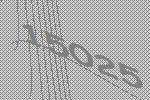
15025